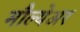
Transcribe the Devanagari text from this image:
मौल्येअर